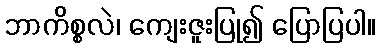
ဘာကိစ္စလဲ၊ ကျေးဇူးပြု၍ ပြောပြပါ။